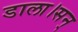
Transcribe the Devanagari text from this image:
डाला।सन्